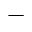
-